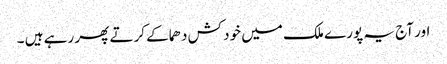
اور آج یہ پورے ملک میں خود کش دھماکے کرتے پھر رہے ہیں ۔